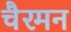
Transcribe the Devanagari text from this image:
चैरमन